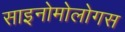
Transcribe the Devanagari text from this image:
साइनोमोलोगस